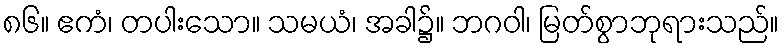
၈၆။ ဧကံ၊ တပါးသော။ သမယံ၊ အခါ၌။ ဘဂဝါ၊ မြတ်စွာဘုရားသည်။